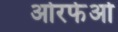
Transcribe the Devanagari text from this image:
ओरफेओ